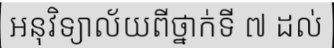
អនុវិទ្យាល័យពីថ្នាក់ទី ៧ ដល់